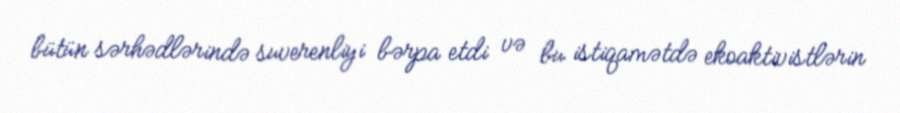
bütün sərhədlərində suverenliyi bərpa etdi və bu istiqamətdə ekoaktivistlərin